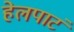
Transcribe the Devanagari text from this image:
हेलपाटं